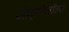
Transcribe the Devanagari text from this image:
सेफ़्मिनॉक्स